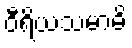
ဝီရိယသမာဓိ